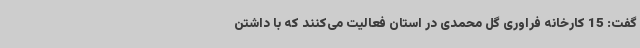
گفت: 15 کارخانه فراوری گل محمدی در استان فعالیت می‌کنند که با داشتن